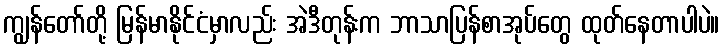
ကျွန်တော်တို့ မြန်မာနိုင်ငံမှာလည်း အဲဒီတုန်းက ဘာသာပြန်စာအုပ်တွေ ထုတ်နေတာပါပဲ။